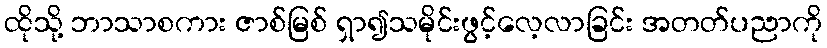
ထိုသို့ ဘာသာစကား ဇာစ်မြစ် ရှာ၍သမိုင်းဖွင့်လေ့လာခြင်း အတတ်ပညာကို